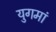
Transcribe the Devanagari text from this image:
युगमां